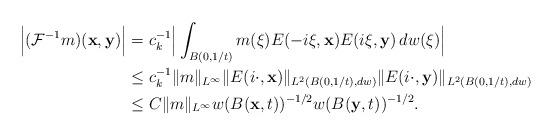
LaTeX: \begin{align*}\Big|(\mathcal{F}^{-1}m)(\mathbf x,\mathbf y)\Big|&=c_k^{-1}\Big|\int_{B(0,1/t)} m(\xi)E(-i\xi,\mathbf{x})E(i\xi,\mathbf{y})\,dw(\xi)\Big|\\&\leq c_k^{-1} \|m\|_{L^{\infty}}\|E(i\cdot,\mathbf{x})\|_{L^2(B(0,1/t),dw)}\|E(i\cdot,\mathbf{y})\|_{L^2(B(0,1/t),dw)}\\&\leq C\|m\|_{L^{\infty}}w(B(\mathbf{x},t))^{-1/2}w(B(\mathbf{y},t))^{-1/2}.\end{align*}